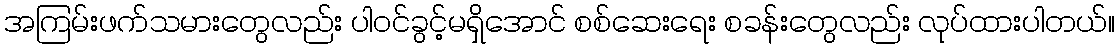
အကြမ်းဖက်သမားတွေလည်း ပါဝင်ခွင့်မရှိအောင် စစ်ဆေးရေး စခန်းတွေလည်း လုပ်ထားပါတယ်။